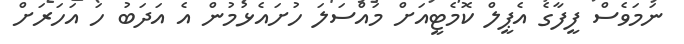
ނަމަވެސް ފީފާގެ އެޕީލް ކޮމެޓީއަށް މައްސަލަ ހުށައެޅުމުން އެ އަދަބު ހަ އަހަރަށް